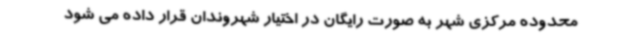
محدوده مرکزی شهر به صورت رایگان در اختیار شهروندان قرار داده می شود